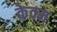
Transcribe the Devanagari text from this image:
केवम्